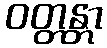
ဝတ္တန္တာ